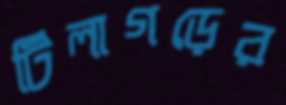
টিলাগড়ের